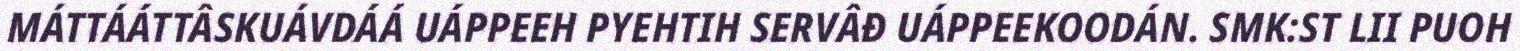
MÁTTÁÁTTÂSKUÁVDÁÁ UÁPPEEH PYEHTIH SERVÂĐ UÁPPEEKOODÁN. SMK:ST LII PUOH